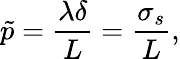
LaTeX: \tilde{p}=\frac{\lambda\delta}{L}=\frac{\sigma_{s}}{L},